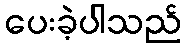
ပေးခဲ့ပါသည်